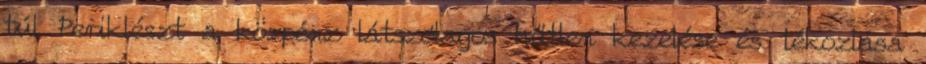
túl Periklészt a közpénz látszólagos hűtlen kezelése és tékozlása